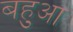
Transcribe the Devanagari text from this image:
बहुआ